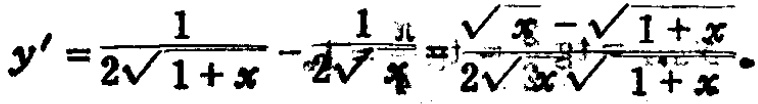
\[y^{\prime}=\frac{1}{2\sqrt{1 + x}}-\frac{1}{2\sqrt{x}}=\frac{\sqrt{x}-\sqrt{1 + x}}{2\sqrt{x}\sqrt{1 + x}}.\]